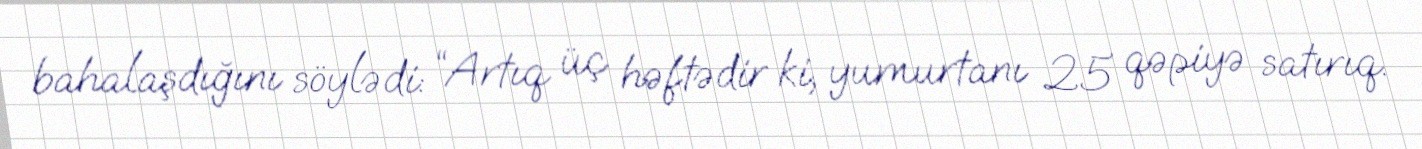
bahalaşdığını söylədi: “Artıq üç həftədir ki, yumurtanı 25 qəpiyə satırıq.